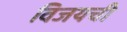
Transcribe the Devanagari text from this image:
विजयची